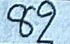
82